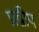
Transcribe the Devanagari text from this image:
प्रद्वीप